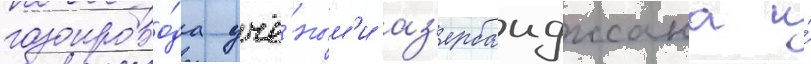
газопрово́да учё́ным'и аз'ербаиджана и́